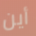
أين